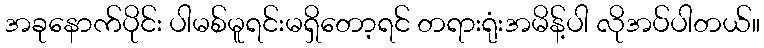
အခုနောက်ပိုင်း ပါမစ်မူရင်းမရှိတော့ရင် တရားရုံးအမိန့်ပါ လိုအပ်ပါတယ်။